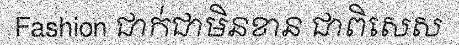
Fashion ជាក់ជាមិនខាន ជាពិសេស